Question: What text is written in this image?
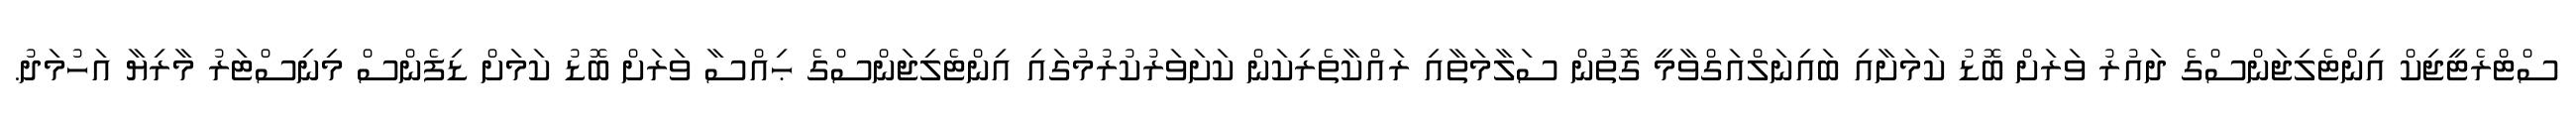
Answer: ސްޓްރެޓީޖިކް އިންޓެލިޖަންސްގެ ދައުރު ވަރަށް ބޮޑު ކަމަށާއި ބައިނަލްއަގްވާމީ ގޮތުން ސަލާމަތާއި ރައްކާތެރިކަން ކަށަވަރުކުރުމުގައި އިންޓެލިޖަންސްގެ ޙިއްސާ ވަރަށް ބޮޑު ކަމަށް ޑިފެންސް މިނިސްޓަރު މާރިޔާ އަހުމަދު.